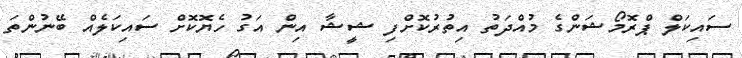
ސައިކަލް ޕްރޮމޯޝަންގެ މުއްދަތު އިތުރުކޮށްފި ޝީޝާ އިން އަގު ހެޔޮކޮށް ސައިކަލެއް ބޭނުންތަ